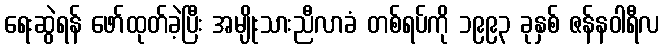
ရေးဆွဲရန် ဖော်ထုတ်ခဲ့ပြီး အမျိုးသားညီလာခံ တစ်ရပ်ကို ၁၉၉၃ ခုနှစ် ဇန်နဝါရီလ